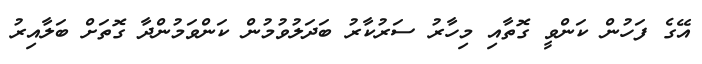
އޭގެ ފަހުން ކަންވީ ގޮތާއި މިހާރު ސަރުކާރު ބަދަލުވުމުން ކަންވަމުންދާ ގޮތަށް ބަލާއިރު